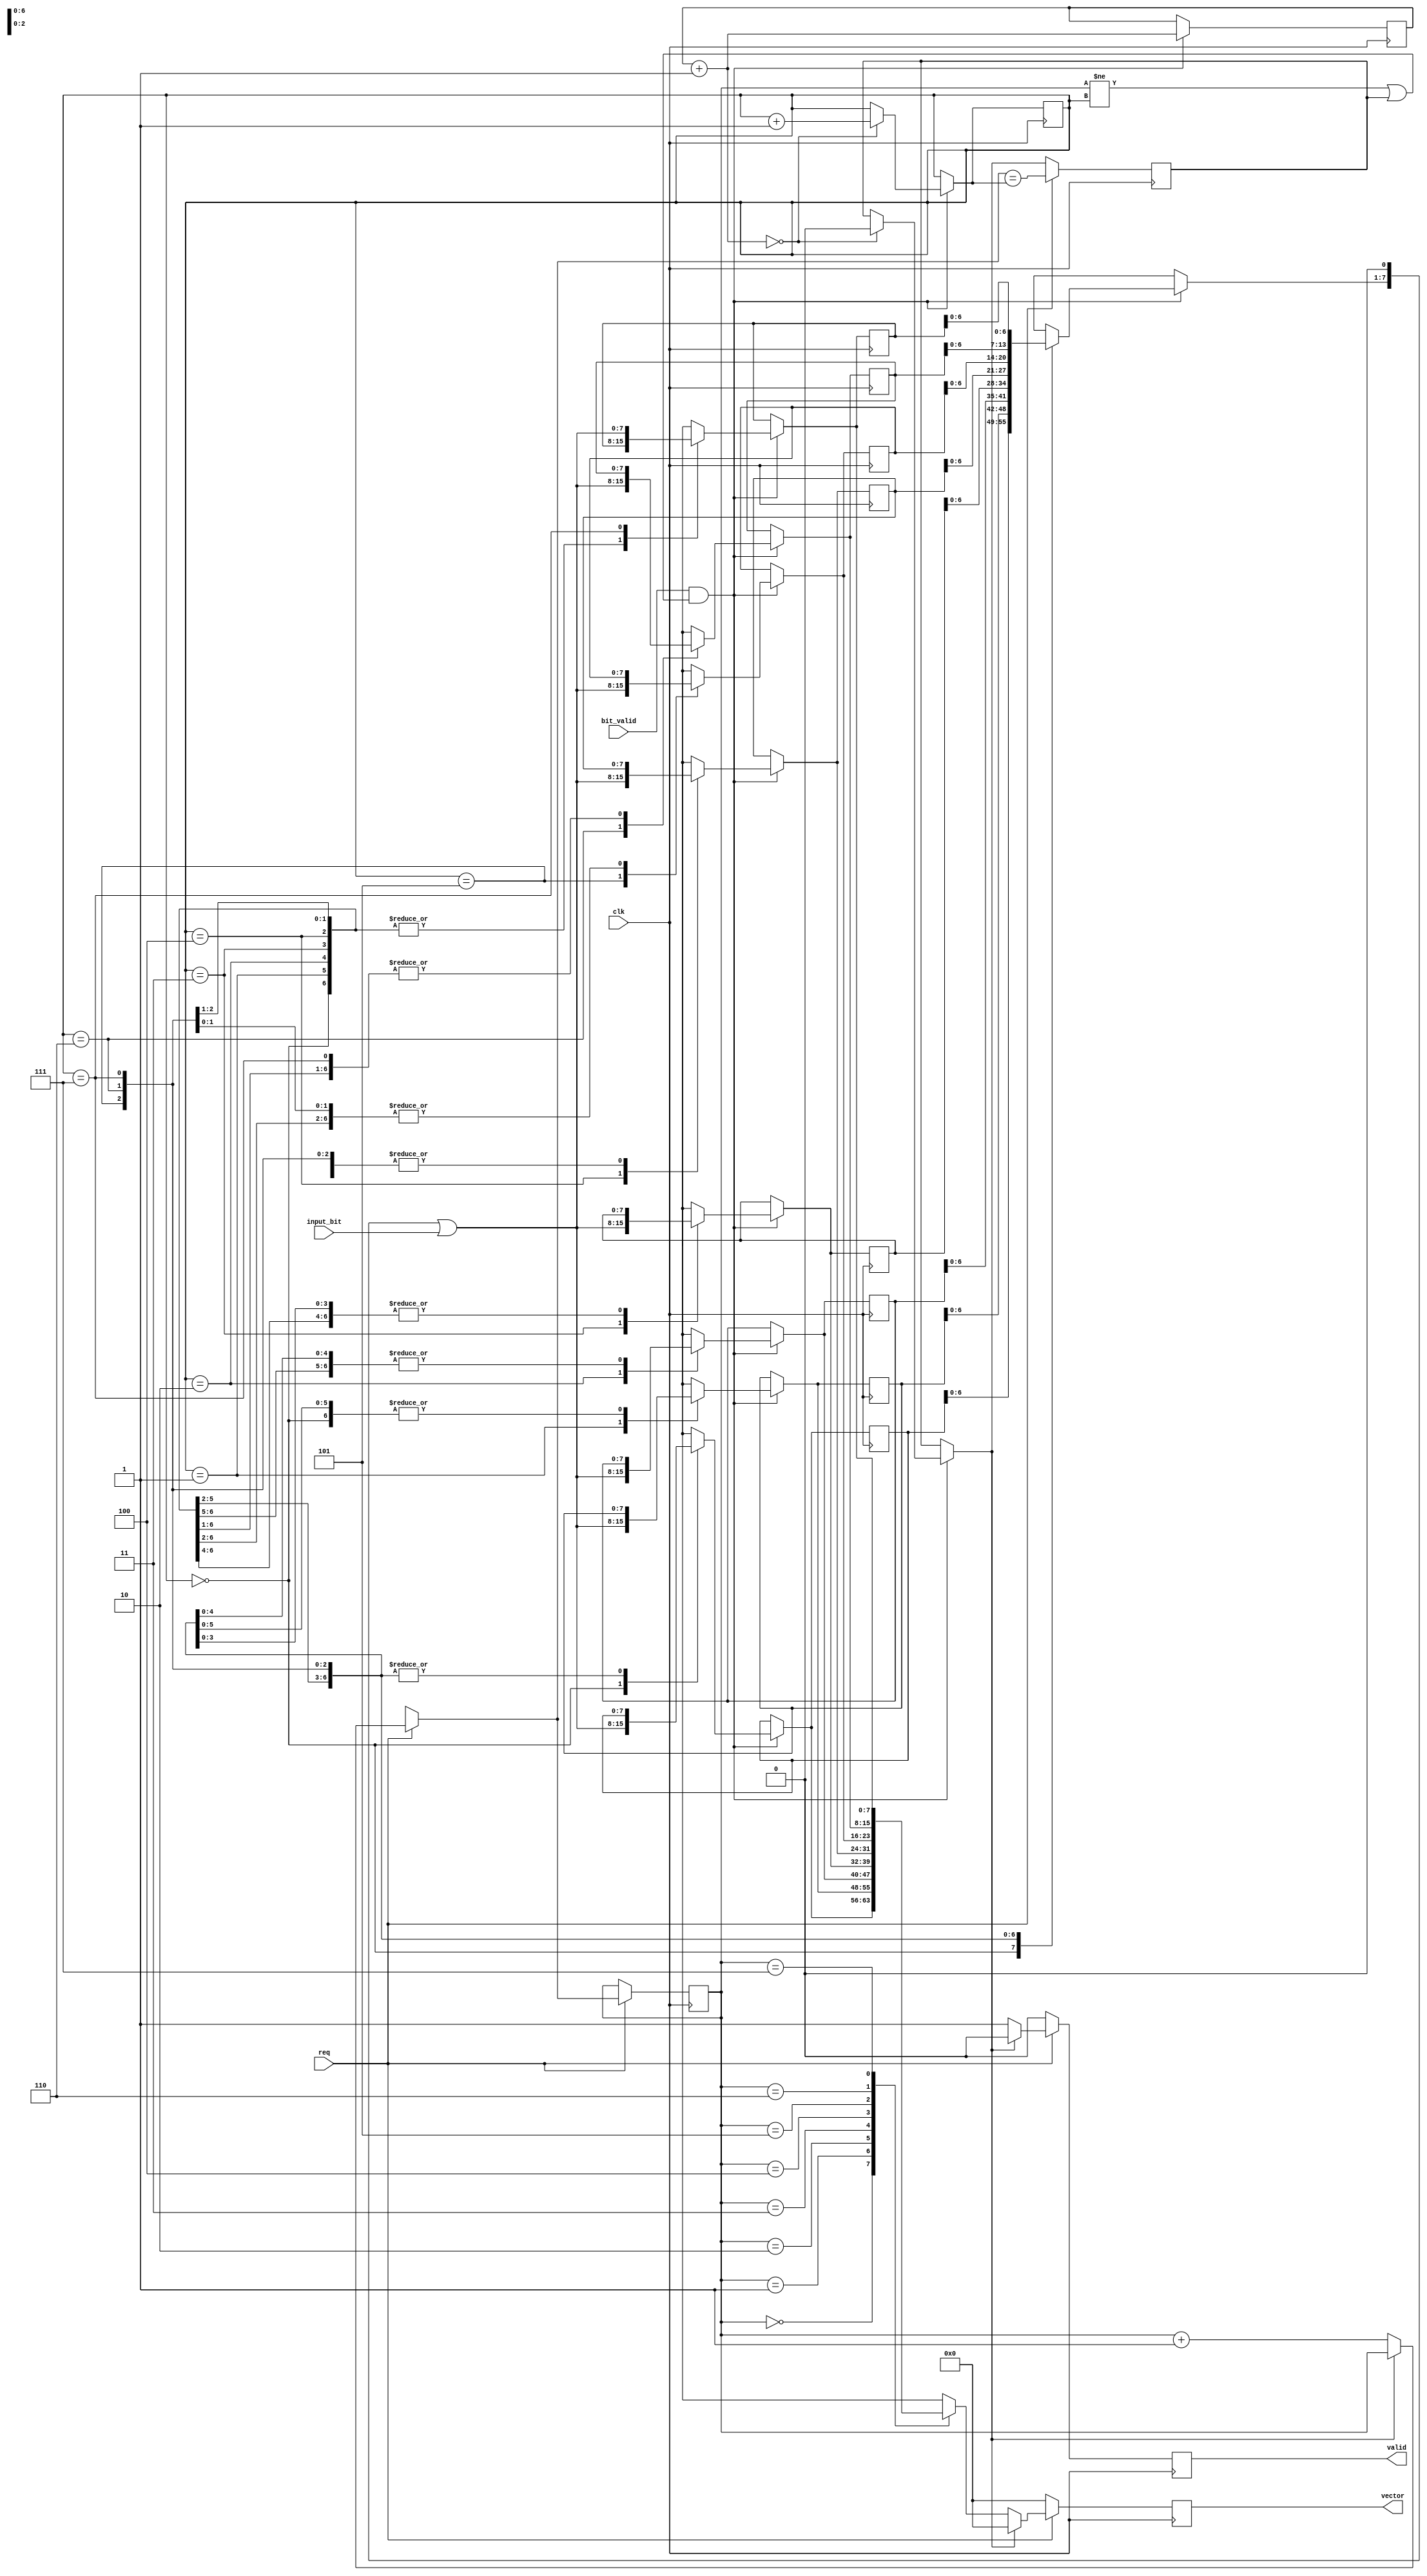
/*
* A vectorized buffer. Takes from the input one bit at a time and serves 9-bit
* vectors, buffering `nb_vectors` vectors.
*/


// TODO: Add #vectors parameter. Needs to be a power of 2 for right overflows
module vector_buffer
    #(parameter nb_vectors = 8)
(
    input clk,
    input input_bit,
    input bit_valid,

    input req,
    output reg [7:0] vector,
    output reg valid
);
  // The actual ring buffer
  // TODO: Size is #vectors
  reg [7:0] buffer[nb_vectors - 1:0]; 

  // Both consumer and producer indices
  // TODO: Size is log2(#vectors): [log2(#vectors)-1:0]
  reg [$clog2(nb_vectors) - 1:0] cons;
  reg [$clog2(nb_vectors) - 1:0] prod;
  reg is_empty;

  // Among the currently produced vector, the number
  // of bits already filled
  reg [2:0] fill;

  initial begin
    cons = 0;
    prod = 0;
    fill = 0;
    is_empty = 1;
    vector = 8'b0;
    valid = 0;
  end

  always @(posedge clk) begin
    // Prod
    if (bit_valid && ((cons != prod) || is_empty)) begin
      // Shift the vector and append the input bit
      buffer[prod] = (buffer[prod] << 1) | {7'b0000000, input_bit}; 
      fill = fill + 1;
      // We have completed a vector
      if (fill == 0) begin
        prod = prod + 1;
        is_empty = 0;
      end
    end
    // Cons
    if (req) begin
      if (!is_empty) begin
        vector = buffer[cons]; 
        valid = 1;
        cons = cons + 1;
      end
      else begin
        vector = 0;
        valid = 0;
      end
      // Have we emptied the ring buffer?
      is_empty = (cons == prod);
    end
    else begin
      vector = 0;
      valid = 0;
    end
  end
endmodule